Scientific memoirs by medical officers of the Army of India - Part VI,
Year: 1891
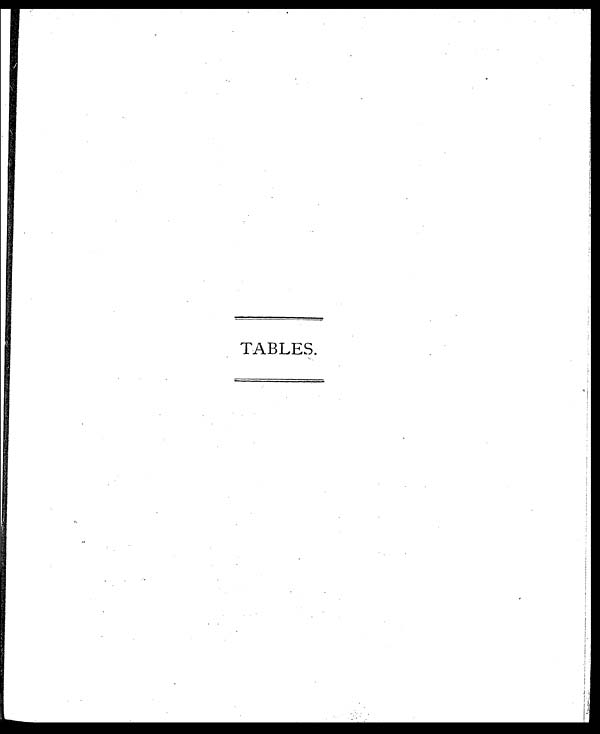
TABLES.